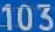
103